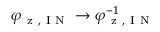
\varphi _ { \mathrm { ~ z ~ , ~ I ~ N ~ } } \rightarrow \varphi _ { \mathrm { ~ z ~ , ~ I ~ N ~ } } ^ { - 1 }